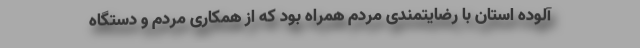
آلوده استان با رضایتمندی مردم همراه بود که از همکاری مردم و دستگاه